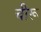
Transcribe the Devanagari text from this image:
चीरू